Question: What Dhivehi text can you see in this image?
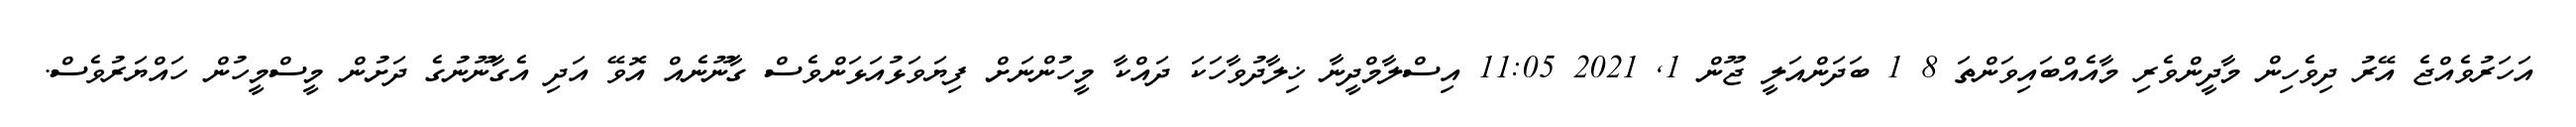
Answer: އަހަރުވެއްޖެ އޭރު ދިވެހިން މާދީންވެރި މާއެއްބައިވަންތަ 8 1 ބަދަންއަލީ ޖޫން 1, 2021 11:05 އިސްލާމްދީނާ ޚިލާދުވާހަކަ ދައްކާ މީހުންނަށް ފިޔަވަޅުއަޅަންވެސް ގާނޫނެއް އޮވޭ އަދި އެގާނޫނުގެ ދަށުން މީސްމީހުން ހައްޔަރުވެސް.